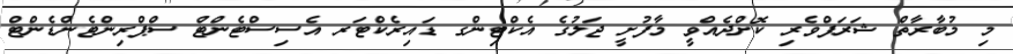
މި މުބާރާތް ޝަރަފްވެރި ކޮށްދެއްވީ މާފުށީ ޖަލުގެ އެކްޓިންގ ޑައިރެކްޓަރ އެސިސްޓެންޓް ސްޕްރިންޓެންޑެންޓް